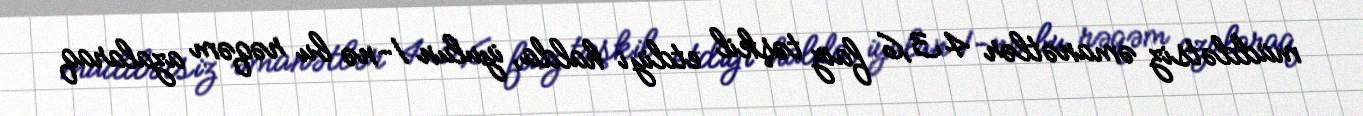
müddətsiz əmanətlər 43,6 faiz təşkil etdiyi halda, iyulun 1-nə bu rəqəm azalaraq